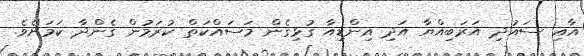
އާއި ސައުދި އަރަބިއްޔާ އަދި އިންޑިއާ ގުޅިގެން މަސައްކަތް ކުރަމުން ގެންދާ ކަމަށެވެ.